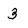
Character: 3